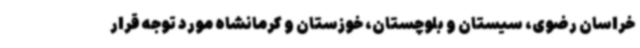
خراسان رضوی، سیستان و بلوچستان، خوزستان و کرمانشاه مورد توجه قرار